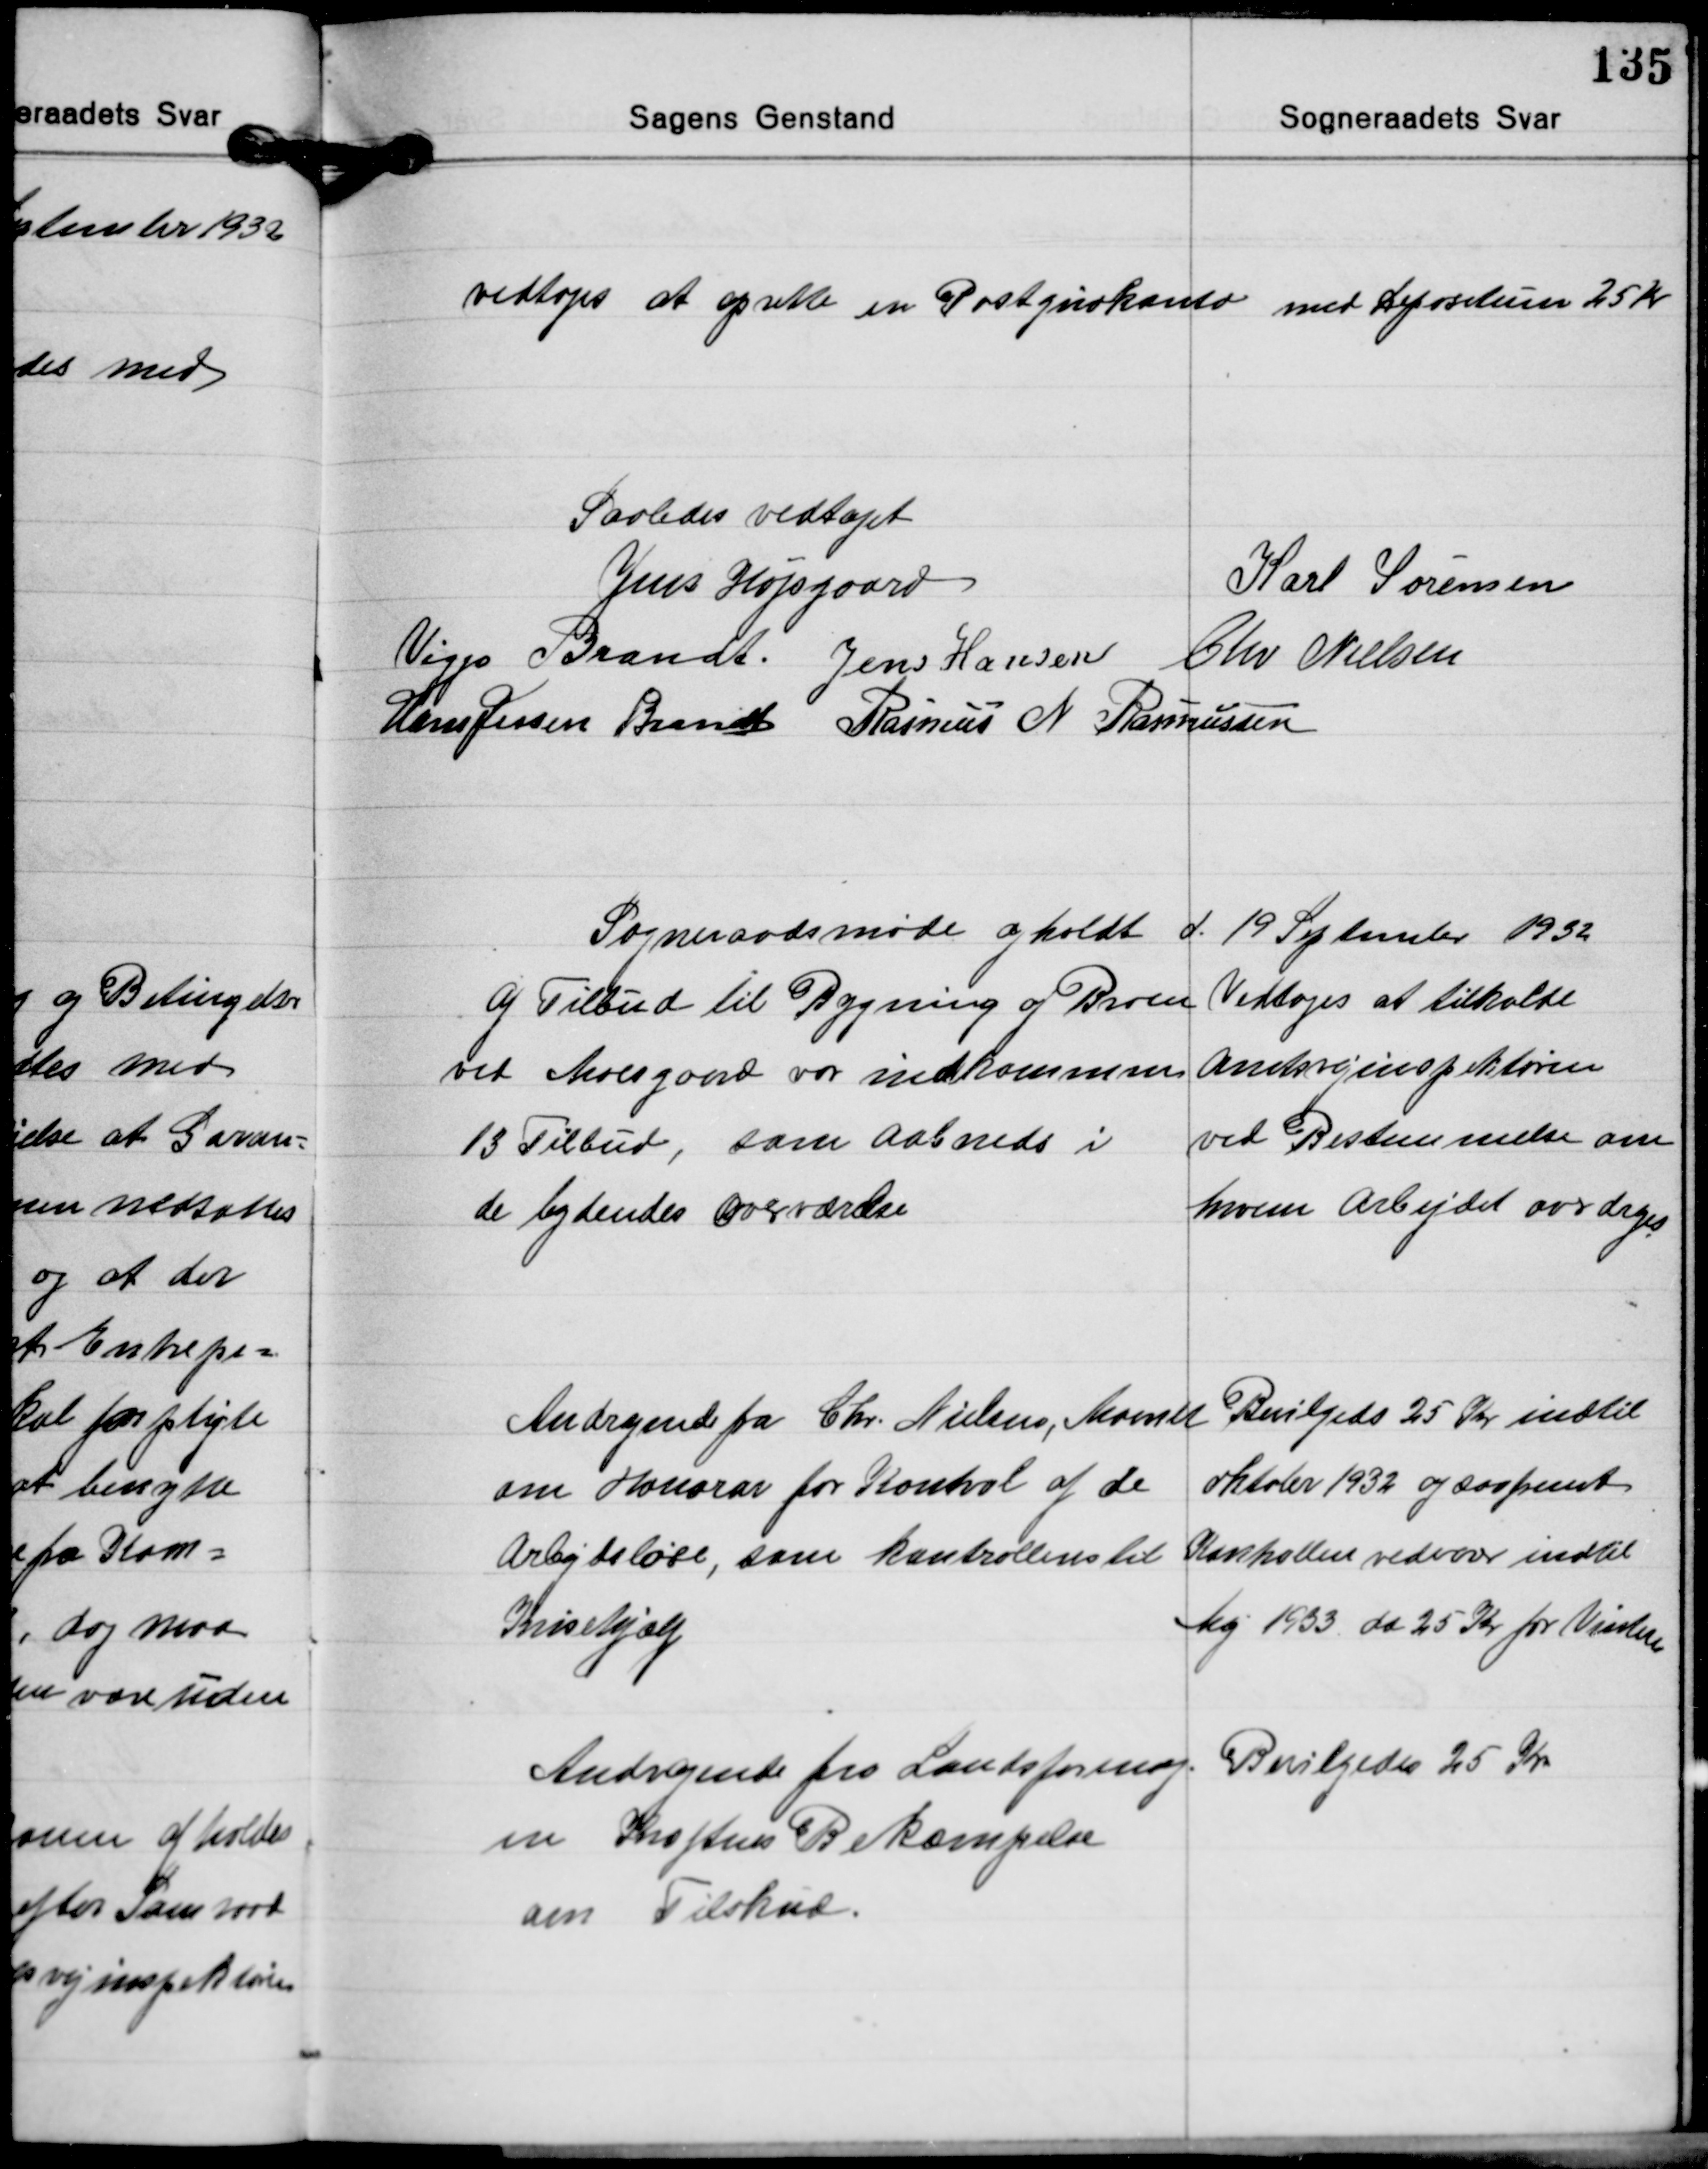
Transskription:
vedtoges at oprette en Postgirokonto

med Depositum 25 Kr.

Saaledes vedtaget
Karl Sørensen
Jens Højsgaard
Viggo Brandt Jens Hansen Chr. Nielsen
Hans Jessen Brandt Rasmus N. Rasmussen

Sogneraadsmøde afholdt d. 19 September 1932

Af Tilbud til Bygning af Broen
ved Moesgaard var indkommen
13 Tilbud, som aabneds i
de bydendes overværelse

Vedtoges at tilkalde
Amtsvejinspektøren
ved Bestemmelse om
hvem Arbejdet overdrages

Andragende fra Chr. Nielsen, Maarslet

om Honorar for Kontrol af de
Arbejdsløse, som kontrolleres til
Krisehjælp

Bevilgeds 25 Kr. indtil

Oktober 1932 og saafremt
Kontrollen vedvarer indtil
Maj 1933 da 25 Kr. for Vinteren

Andragende fra Landsforening-
en Kræftens Bekæmpelse
om Tilskud.

Bevilgedes 25 Kr